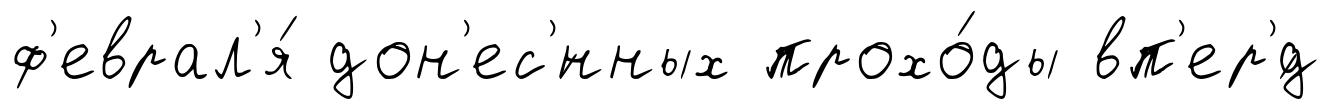
ф'еврал'я́ дон'ес'́нных прохо́ды вп'ер'́д